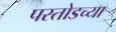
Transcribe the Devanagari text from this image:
परतोडच्या